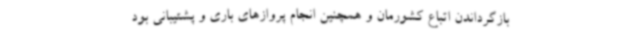
بازگرداندن اتباع کشورمان و همچنین انجام پروازهای باری و پشتیبانی بود